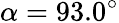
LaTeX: \alpha=93.0^{\circ}